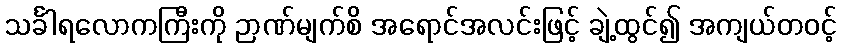
သင်္ခါရလောကကြီးကို ဉာဏ်မျက်စိ အရောင်အလင်းဖြင့် ချဲ့ထွင်၍ အကျယ်တဝင့်